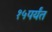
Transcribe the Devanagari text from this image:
१५पर्यंत